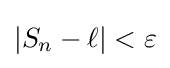
\left|S_{n}-\ell \right|<\varepsilon